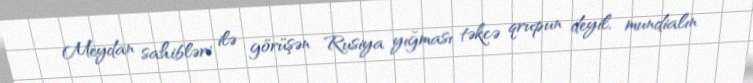
Meydan sahibləri ilə görüşən Rusiya yığması təkcə qrupun deyil, mundialın